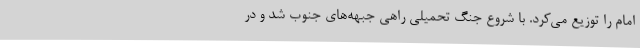
امام را توزیع می‌کرد. با شروع جنگ تحمیلی راهی جبهه‌های جنوب شد و در